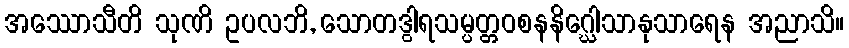
အဿောသီတိ သုဏိ ဥပလဘိ, သောတဒွါရသမ္ပတ္တဝစနနိဂ္ဃေါသာနုသာရေန အညာသိ။